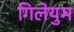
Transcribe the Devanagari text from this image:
गिलेयुम